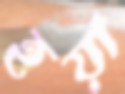
হয়া